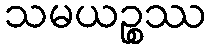
သမယဉ္စဿ